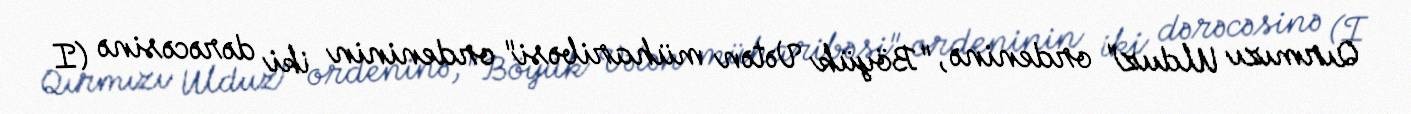
Qırmızı Ulduz" ordeninə, "Böyük Vətən müharibəsi" ordeninin iki dərəcəsinə (I